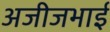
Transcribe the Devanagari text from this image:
अजीजभाई